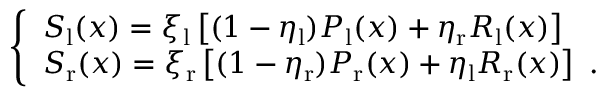
\left\{ \begin{array} { l l } { S _ { \mathrm { l } } ( x ) = \xi _ { \mathrm { l } } \left[ ( 1 - \eta _ { \mathrm { l } } ) P _ { \mathrm { l } } ( x ) + \eta _ { \mathrm { r } } R _ { \mathrm { l } } ( x ) \right] } \\ { S _ { \mathrm { r } } ( x ) = \xi _ { \mathrm { r } } \left[ ( 1 - \eta _ { \mathrm { r } } ) P _ { \mathrm { r } } ( x ) + \eta _ { \mathrm { l } } R _ { \mathrm { r } } ( x ) \right] \ . } \end{array} \right.